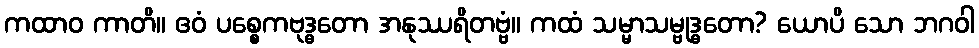
ကထာဝ ကာတိ။ ဧဝံ ပစ္စေကဗုဒ္ဓတော အနုဿရိတဗ္ဗံ။ ကထံ သမ္မာသမ္ဗုဒ္ဓတော? ယောပိ သော ဘဂဝါ